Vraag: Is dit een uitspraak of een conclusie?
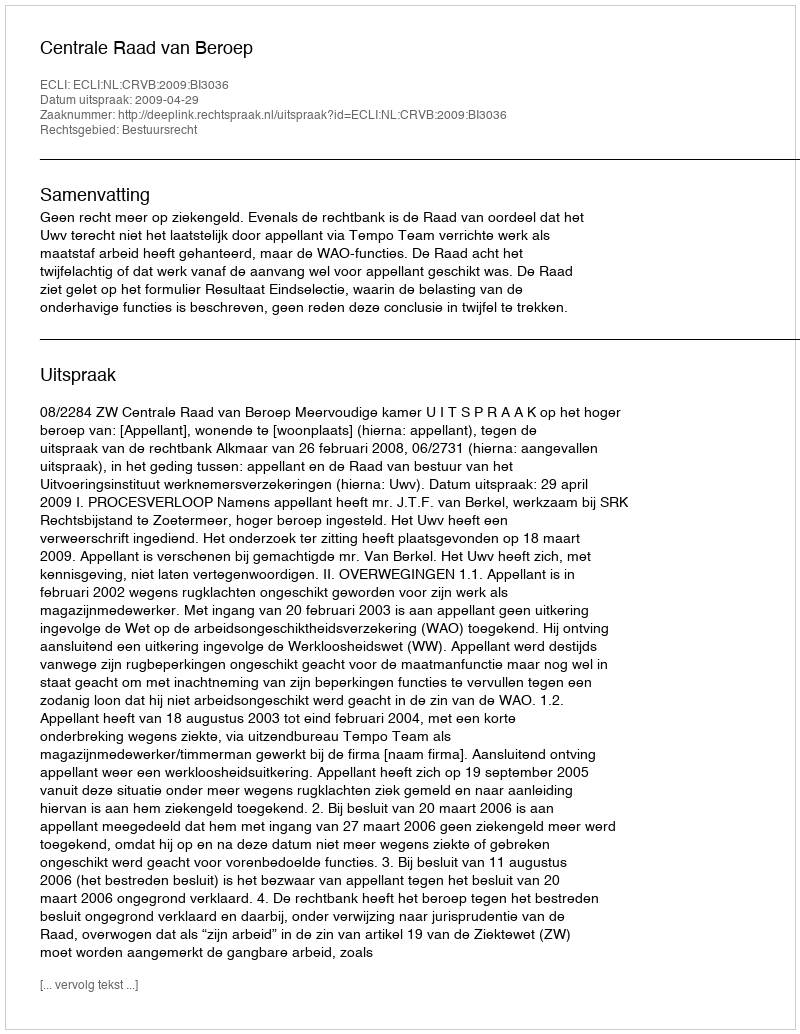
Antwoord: Uitspraak